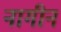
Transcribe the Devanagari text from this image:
नागीन